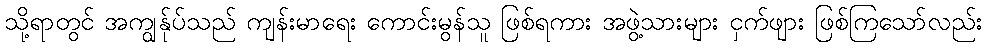
သို့ရာတွင် အကျွန်ုပ်သည် ကျန်းမာရေး ကောင်းမွန်သူ ဖြစ်ရကား အဖွဲ့သားများ ငှက်ဖျား ဖြစ်ကြသော်လည်း